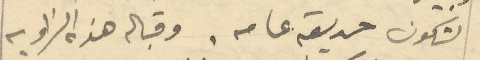
لتكون حديقة عامة. وقبالة هذه الزاوية